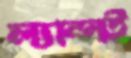
ল্যান্সই